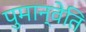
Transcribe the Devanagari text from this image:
पुमान्वेति